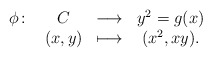
\begin{align*}\begin{array}{rccc}\phi\colon &C& \longrightarrow & y^2=g(x)\\&(x,y)& \longmapsto & (x^2,xy).\end{array}\end{align*}